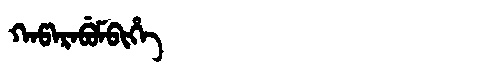
Manchu: ᡴᠠᡦᠠᡵᠠᠪᡠᠮᠪᡳᡥᡝ
Romanization: KAPARABUMBIHE